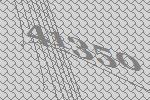
41350